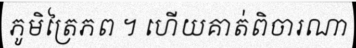
ភូមិត្រៃភព ។ ហើយគាត់ពិចារណា